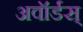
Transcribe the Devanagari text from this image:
अवॉर्डस्